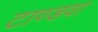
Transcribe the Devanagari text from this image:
टाण्डवा